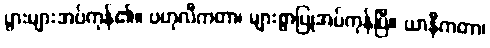
ပွားများအပ်ကုန်၏။ ဗဟုလီကတာ၊ များစွာပြုအပ်ကုန်ပြီ။ ယာနီကတာ၊